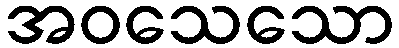
အဝသေသော